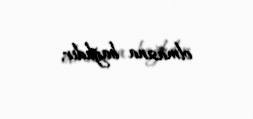
olmasına bağlıdır.